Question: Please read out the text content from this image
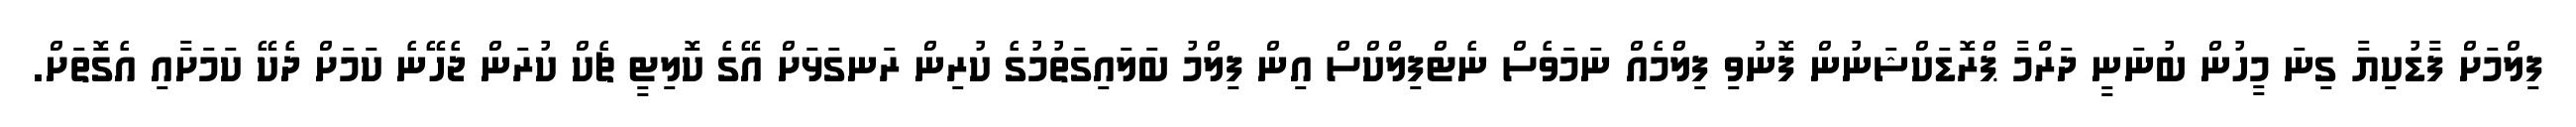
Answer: ފިލްމަށް ފާޑުކިޔާ ގިނަ މީހުން ބުނަނީ ދަރްމާ ޕްރޮޑަކްޝަނުން ފޮނުވި ފިލްމެއް ނަމަވެސް ނެޓްފިލްކްސް އިން ފިލްމު ބަލައިގަތުމުގެ ކުރިން ރަނގަޅަށް އޭގެ ކޮލިޓީ ޗެކް ކުރަން ޖެހޭނެ ކަމަށް ދެކޭ ކަމަށާއި އެގޮތަށް.